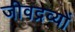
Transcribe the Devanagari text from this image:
जीवद्रव्यों